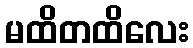
မထိတထိလေး